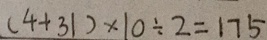
( 4 + 3 1 ) \times 1 0 \div 2 = 1 7 5